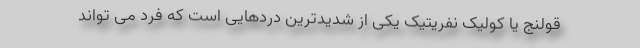
قولنج یا کولیک نفریتیک یکی از شدیدترین دردهایی است که فرد می تواند